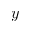
y